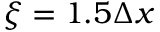
\xi = 1 . 5 \Delta x